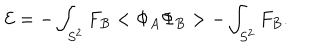
{ \cal E } = - \int _ { S ^ { 2 } } F _ { B } < \Phi _ { A } \Phi _ { B } > - \int _ { S ^ { 2 } } F _ { B } .